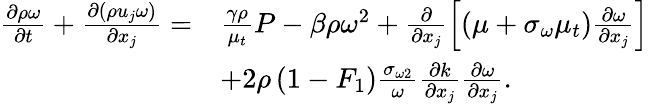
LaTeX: \begin{array}{rl}{\frac{{\partial\rho\omega}}{{\partial t}}+\frac{{\partial\left({\rho{u_{j}}\omega}\right)}}{{\partial{x_{j}}}}=}&{\frac{{\gamma\rho}}{{{\mu_{t}}}}P-\beta\rho{\omega^{2}}+\frac{\partial}{{\partial{x_{j}}}}\left[{\left({\mu+{\sigma_{\omega}}{\mu_{t}}}\right)\frac{{\partial\omega}}{{\partial{x_{j}}}}}\right]}\\ &{+2\rho\left({1-{F_{1}}}\right)\frac{{{\sigma_{\omega 2}}}}{\omega}\frac{{\partial k}}{{\partial{x_{j}}}}\frac{{\partial\omega}}{{\partial{x_{j}}}}\mathrm{.}}\end{array}